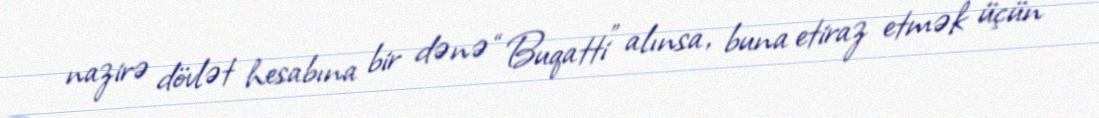
nazirə dövlət hesabına bir dənə “Buqatti” alınsa, buna etiraz etmək üçün